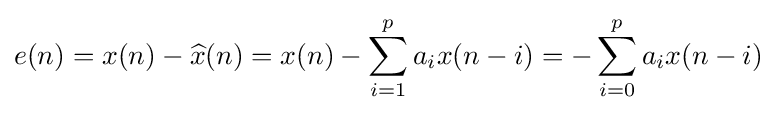
e(n)=x(n)-{\widehat {x}}(n)=x(n)-\sum _{i=1}^{p}a_{i}x(n-i)=-\sum _{i=0}^{p}a_{i}x(n-i)